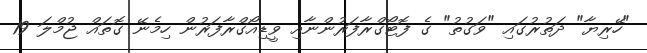
"ހޭރިޔާ" ދަތުރުގައި "ވަގުތު" ގެ ފޮޓޯގްރާފަރުންނާއި ވީޑިއޯގްރާފަރުން ހިމެނޭ ގޮތައް ޖުމްލަ 19